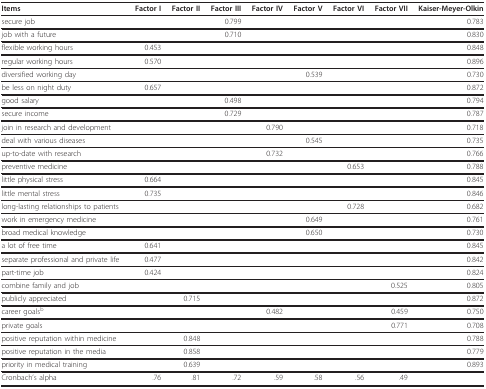
<table><thead><tr><td><b>Items</b></td><td><b>Factor I</b></td><td><b>Factor II</b></td><td><b>Factor III</b></td><td><b>Factor IV</b></td><td><b>Factor V</b></td><td><b>Factor VI</b></td><td><b>Factor VII</b></td><td><b>Kaiser-Meyer-Olkin</b></td></tr></thead><tbody><tr><td>secure job</td><td></td><td></td><td>0.799</td><td></td><td></td><td></td><td></td><td>0.783</td></tr><tr><td>job with a future</td><td></td><td></td><td>0.710</td><td></td><td></td><td></td><td></td><td>0.830</td></tr><tr><td>flexible working hours</td><td>0.453</td><td></td><td></td><td></td><td></td><td></td><td></td><td>0.848</td></tr><tr><td>regular working hours</td><td>0.570</td><td></td><td></td><td></td><td></td><td></td><td></td><td>0.896</td></tr><tr><td>diversified working day</td><td></td><td></td><td></td><td></td><td>0.539</td><td></td><td></td><td>0.730</td></tr><tr><td>be less on night duty</td><td>0.657</td><td></td><td></td><td></td><td></td><td></td><td></td><td>0.872</td></tr><tr><td>good salary</td><td></td><td></td><td>0.498</td><td></td><td></td><td></td><td></td><td>0.794</td></tr><tr><td>secure income</td><td></td><td></td><td>0.729</td><td></td><td></td><td></td><td></td><td>0.787</td></tr><tr><td>join in research and development</td><td></td><td></td><td></td><td>0.790</td><td></td><td></td><td></td><td>0.718</td></tr><tr><td>deal with various diseases</td><td></td><td></td><td></td><td></td><td>0.545</td><td></td><td></td><td>0.735</td></tr><tr><td>up-to-date with research</td><td></td><td></td><td></td><td>0.732</td><td></td><td></td><td></td><td>0.766</td></tr><tr><td>preventive medicine</td><td></td><td></td><td></td><td></td><td></td><td>0.653</td><td></td><td>0.788</td></tr><tr><td>little physical stress</td><td>0.664</td><td></td><td></td><td></td><td></td><td></td><td></td><td>0.845</td></tr><tr><td>little mental stress</td><td>0.735</td><td></td><td></td><td></td><td></td><td></td><td></td><td>0.846</td></tr><tr><td>long-lasting relationships to patients</td><td></td><td></td><td></td><td></td><td></td><td>0.728</td><td></td><td>0.682</td></tr><tr><td>work in emergency medicine</td><td></td><td></td><td></td><td></td><td>0.649</td><td></td><td></td><td>0.761</td></tr><tr><td>broad medical knowledge</td><td></td><td></td><td></td><td></td><td>0.650</td><td></td><td></td><td>0.730</td></tr><tr><td>a lot of free time</td><td>0.641</td><td></td><td></td><td></td><td></td><td></td><td></td><td>0.845</td></tr><tr><td>separate professional and private life</td><td>0.477</td><td></td><td></td><td></td><td></td><td></td><td></td><td>0.842</td></tr><tr><td>part-time job</td><td>0.424</td><td></td><td></td><td></td><td></td><td></td><td></td><td>0.824</td></tr><tr><td>combine family and job</td><td></td><td></td><td></td><td></td><td></td><td></td><td>0.525</td><td>0.805</td></tr><tr><td>publicly appreciated</td><td></td><td>0.715</td><td></td><td></td><td></td><td></td><td></td><td>0.872</td></tr><tr><td>career goals<sup>b</sup></td><td></td><td></td><td></td><td>0.482</td><td></td><td></td><td>0.459</td><td>0.750</td></tr><tr><td>private goals</td><td></td><td></td><td></td><td></td><td></td><td></td><td>0.771</td><td>0.708</td></tr><tr><td>positive reputation within medicine</td><td></td><td>0.848</td><td></td><td></td><td></td><td></td><td></td><td>0.788</td></tr><tr><td>positive reputation in the media</td><td></td><td>0.858</td><td></td><td></td><td></td><td></td><td></td><td>0.779</td></tr><tr><td>priority in medical training</td><td></td><td>0.639</td><td></td><td></td><td></td><td></td><td></td><td>0.893</td></tr><tr><td>Cronbach&#x27;s alpha</td><td>.76</td><td>.81</td><td>.72</td><td>.59</td><td>.58</td><td>.56</td><td>.49</td><td></td></tr></tbody></table>